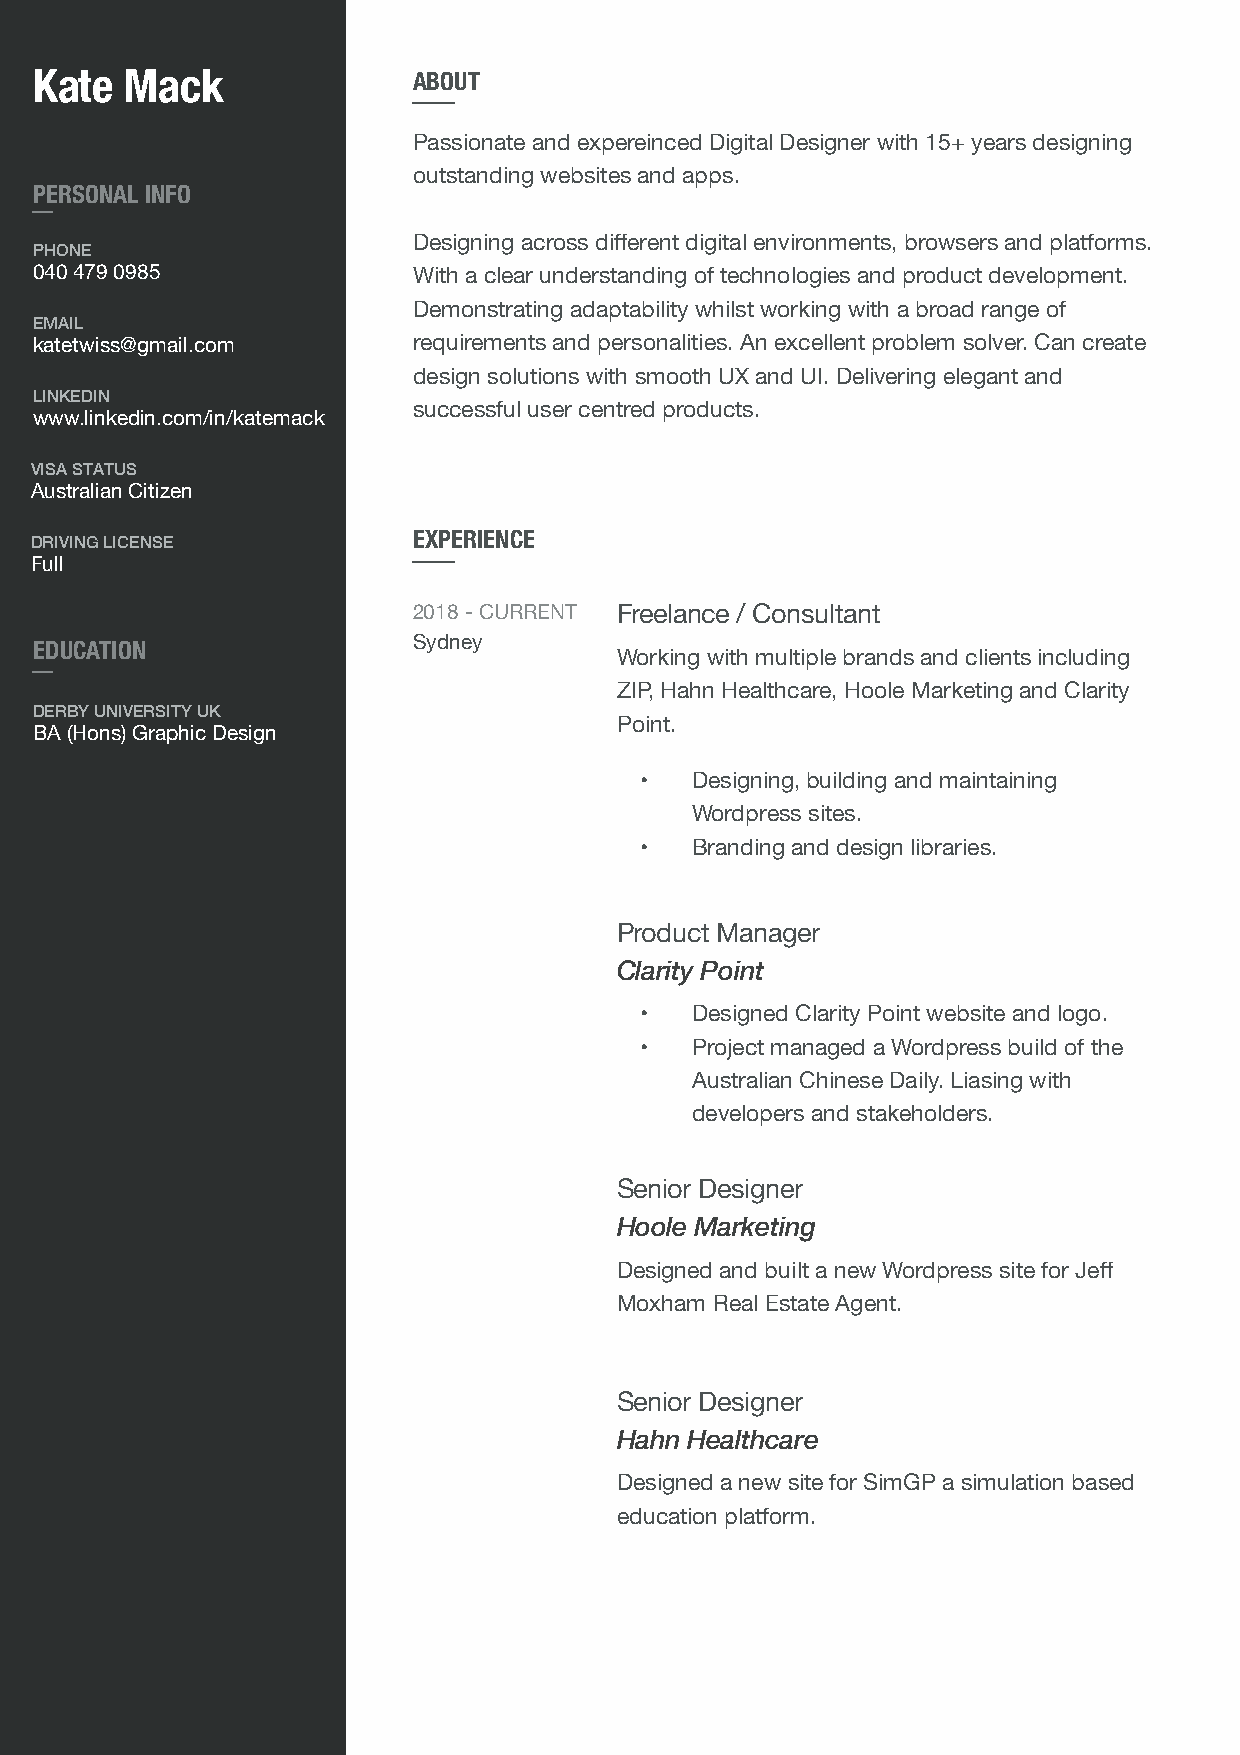
Kate  Mack               ABOUT
 Passionate and expereinced Digital Designer with 15+ years designing
 outstanding websites and apps.
 PERSONAL INFO
 Designing across different digital environments, browsers and platforms.
 PHONE
 040 479 0985             With a clear understanding of technologies and product development.
 Demonstrating adaptability whilst working with a broad range of
 EMAIL
 katetwiss@gmail.com      requirements and personalities. An excellent problem solver. Can create
 design solutions with smooth UX and UI. Delivering elegant and
 LINKEDIN
 successful user centred products.
 www.linkedin.com/in/katemack
 VISA STATUS
 Australian Citizen
 EXPERIENCE
 DRIVING LICENSE
 Full
 2018 - CURRENT Freelance / Consultant
 Sydney
 EDUCATION
 Working with multiple brands and clients including
 ZIP, Hahn Healthcare, Hoole Marketing and Clarity
 DERBY UNIVERSITY UK
 Point.
 BA (Hons) Graphic Design
 •   Designing, building and maintaining
 Wordpress sites.
 •   Branding and design libraries.
 Product Manager
 Clarity Point
 •   Designed Clarity Point website and logo.
 •   Project managed a Wordpress build of the
 Australian Chinese Daily. Liasing with
 developers and stakeholders.
 Senior Designer
 Hoole Marketing
 Designed and built a new Wordpress site for Jeff
 Moxham Real Estate Agent.
 Senior Designer
 Hahn Healthcare
 Designed a new site for SimGP a simulation based
 education platform.